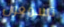
تسمعون